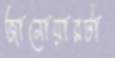
জানোয়ারটা